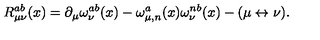
R _ { \mu \nu } ^ { a b } ( x ) = \partial _ { \mu } \omega _ { \nu } ^ { a b } ( x ) - \omega _ { \mu , n } ^ { a } ( x ) \omega _ { \nu } ^ { n b } ( x ) - ( \mu \leftrightarrow \nu ) .